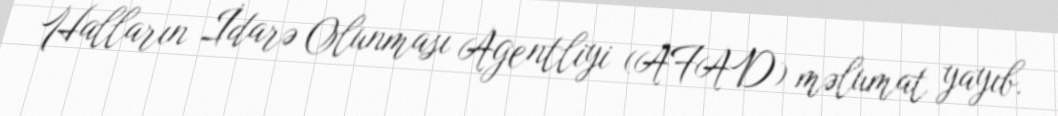
Halların İdarə Olunması Agentliyi (AFAD) məlumat yayıb.